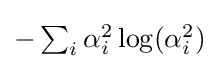
{\textstyle -\sum _{i}\alpha _{i}^{2}\log(\alpha _{i}^{2})}